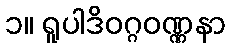
၁။ ရူပါဒိဝဂ္ဂဝဏ္ဏနာ